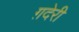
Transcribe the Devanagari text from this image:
ग़देरी